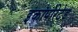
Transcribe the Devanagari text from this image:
इंकॉर्पोरेटेड